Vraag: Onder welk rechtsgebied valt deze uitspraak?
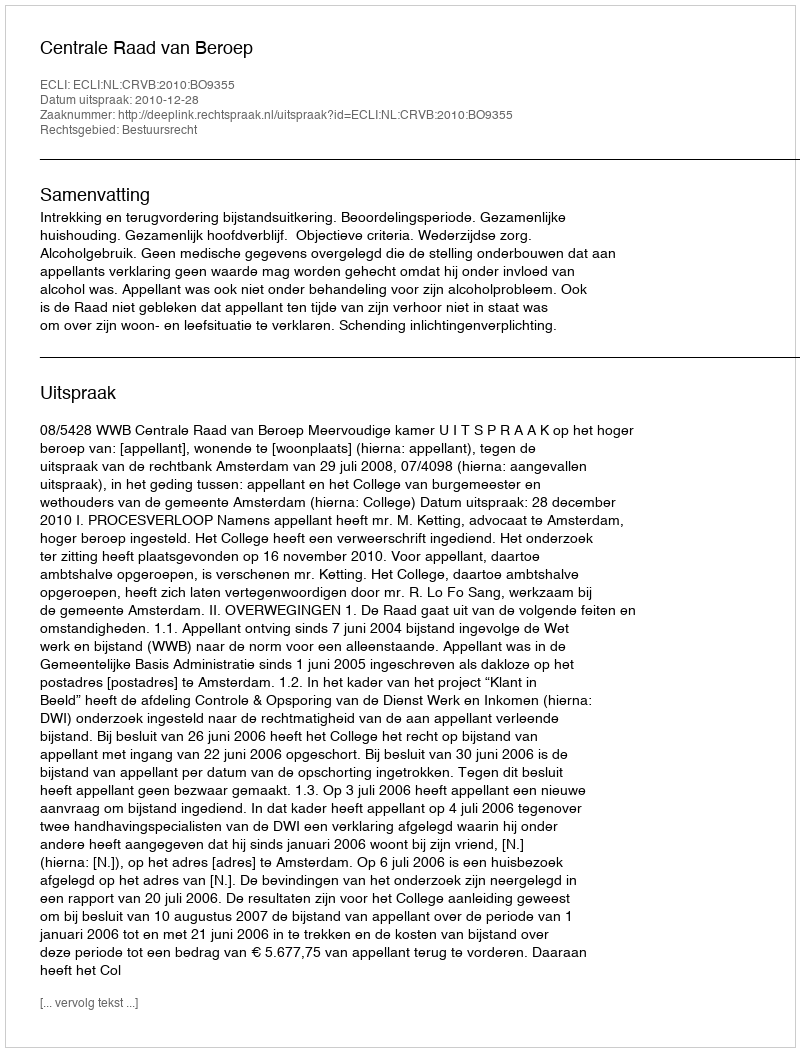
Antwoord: Bestuursrecht